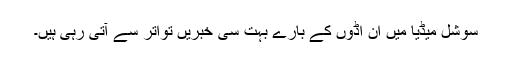
سوشل میڈیا میں ان اڈوں کے بارے بہت سی خبریں تواتر سے آتی رہی ہیں۔